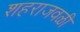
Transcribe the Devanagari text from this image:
शहराजवळी